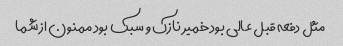
مثل دفعه قبل عالی بود خمیر نازک و سبک بود ممنون از شما